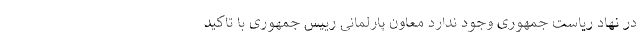
در نهاد ریاست جمهوری وجود ندارد معاون پارلمانی رییس جمهوری با تاکید